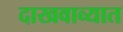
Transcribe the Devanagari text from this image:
दाखवाव्यात